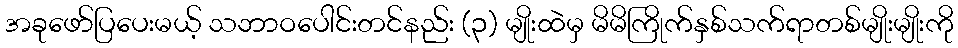
အခုဖော်ပြပေးမယ့် သဘာဝပေါင်းတင်နည်း (၃) မျိုးထဲမှ မိမိကြိုက်နှစ်သက်ရာတစ်မျိုးမျိုးကို